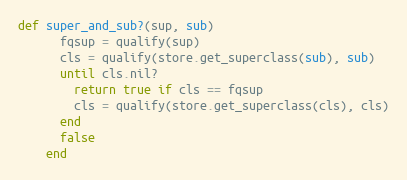
Language: Ruby
def super_and_sub?(sup, sub)
      fqsup = qualify(sup)
      cls = qualify(store.get_superclass(sub), sub)
      until cls.nil?
        return true if cls == fqsup
        cls = qualify(store.get_superclass(cls), cls)
      end
      false
    end